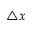
\triangle x